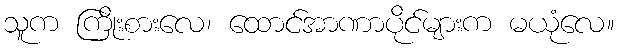
သူက ကြိုးစားလေ၊ ထောင်အာဏာပိုင်များက မယုံလေ။